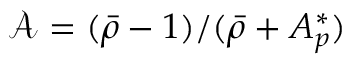
\mathcal { A } = ( \bar { \rho } - 1 ) / ( \bar { \rho } + A _ { p } ^ { * } )